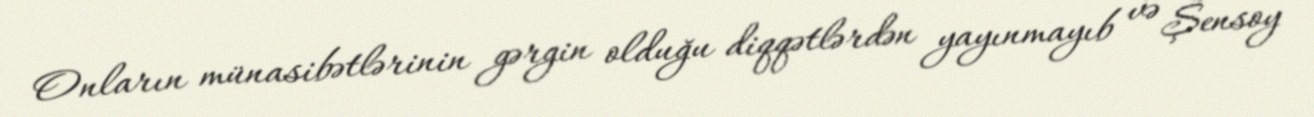
Onların münasibətlərinin gərgin olduğu diqqətlərdən yayınmayıb və Şensoy